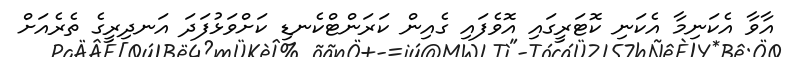
އާވާ އެކަނިމާ އެކަނި ކޮޓަރީގައި އޮވެފައި ގެއިން ކަރަންޓްކެނޑި ކަށްވަޅުފަދަ އަނދިރީގެ ތެރެއަށް